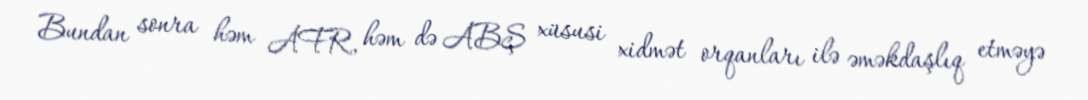
Bundan sonra həm AFR, həm də ABŞ xüsusi xidmət orqanları ilə əməkdaşlıq etməyə